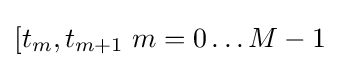
[t_{m},t_{m+1}\;m=0\ldots M-1